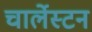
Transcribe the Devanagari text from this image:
चार्लेस्टन